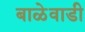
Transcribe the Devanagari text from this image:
बाळेवाडी